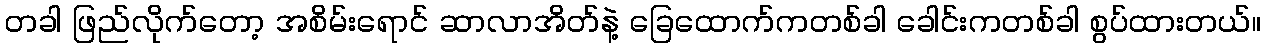
တခါ ဖြည်လိုက်တော့ အစိမ်းရောင် ဆာလာအိတ်နဲ့ ခြေထောက်ကတစ်ခါ ခေါင်းကတစ်ခါ စွပ်ထားတယ်။